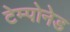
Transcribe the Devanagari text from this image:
टेम्पोनेड